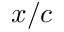
x / c